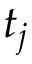
t _ { j }